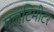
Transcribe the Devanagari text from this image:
मल्टिमीटर